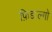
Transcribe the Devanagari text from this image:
फ़िडाल्गो